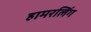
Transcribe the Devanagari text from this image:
हामरलिंग